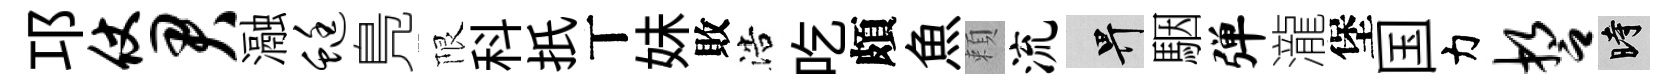
邛仗君瀜蜓鳬限科扺丅妹敗浩吃頗魚頼流畀駰弹瀧堡国力誓时